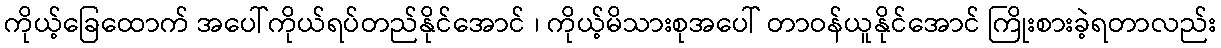
ကိုယ့်ခြေထောက် အပေါ်ကိုယ်ရပ်တည်နိုင်အောင် ၊ ကိုယ့်မိသားစုအပေါ် တာဝန်ယူနိုင်အောင် ကြိုးစားခဲ့ရတာလည်း